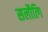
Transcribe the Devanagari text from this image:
सलौत्गि